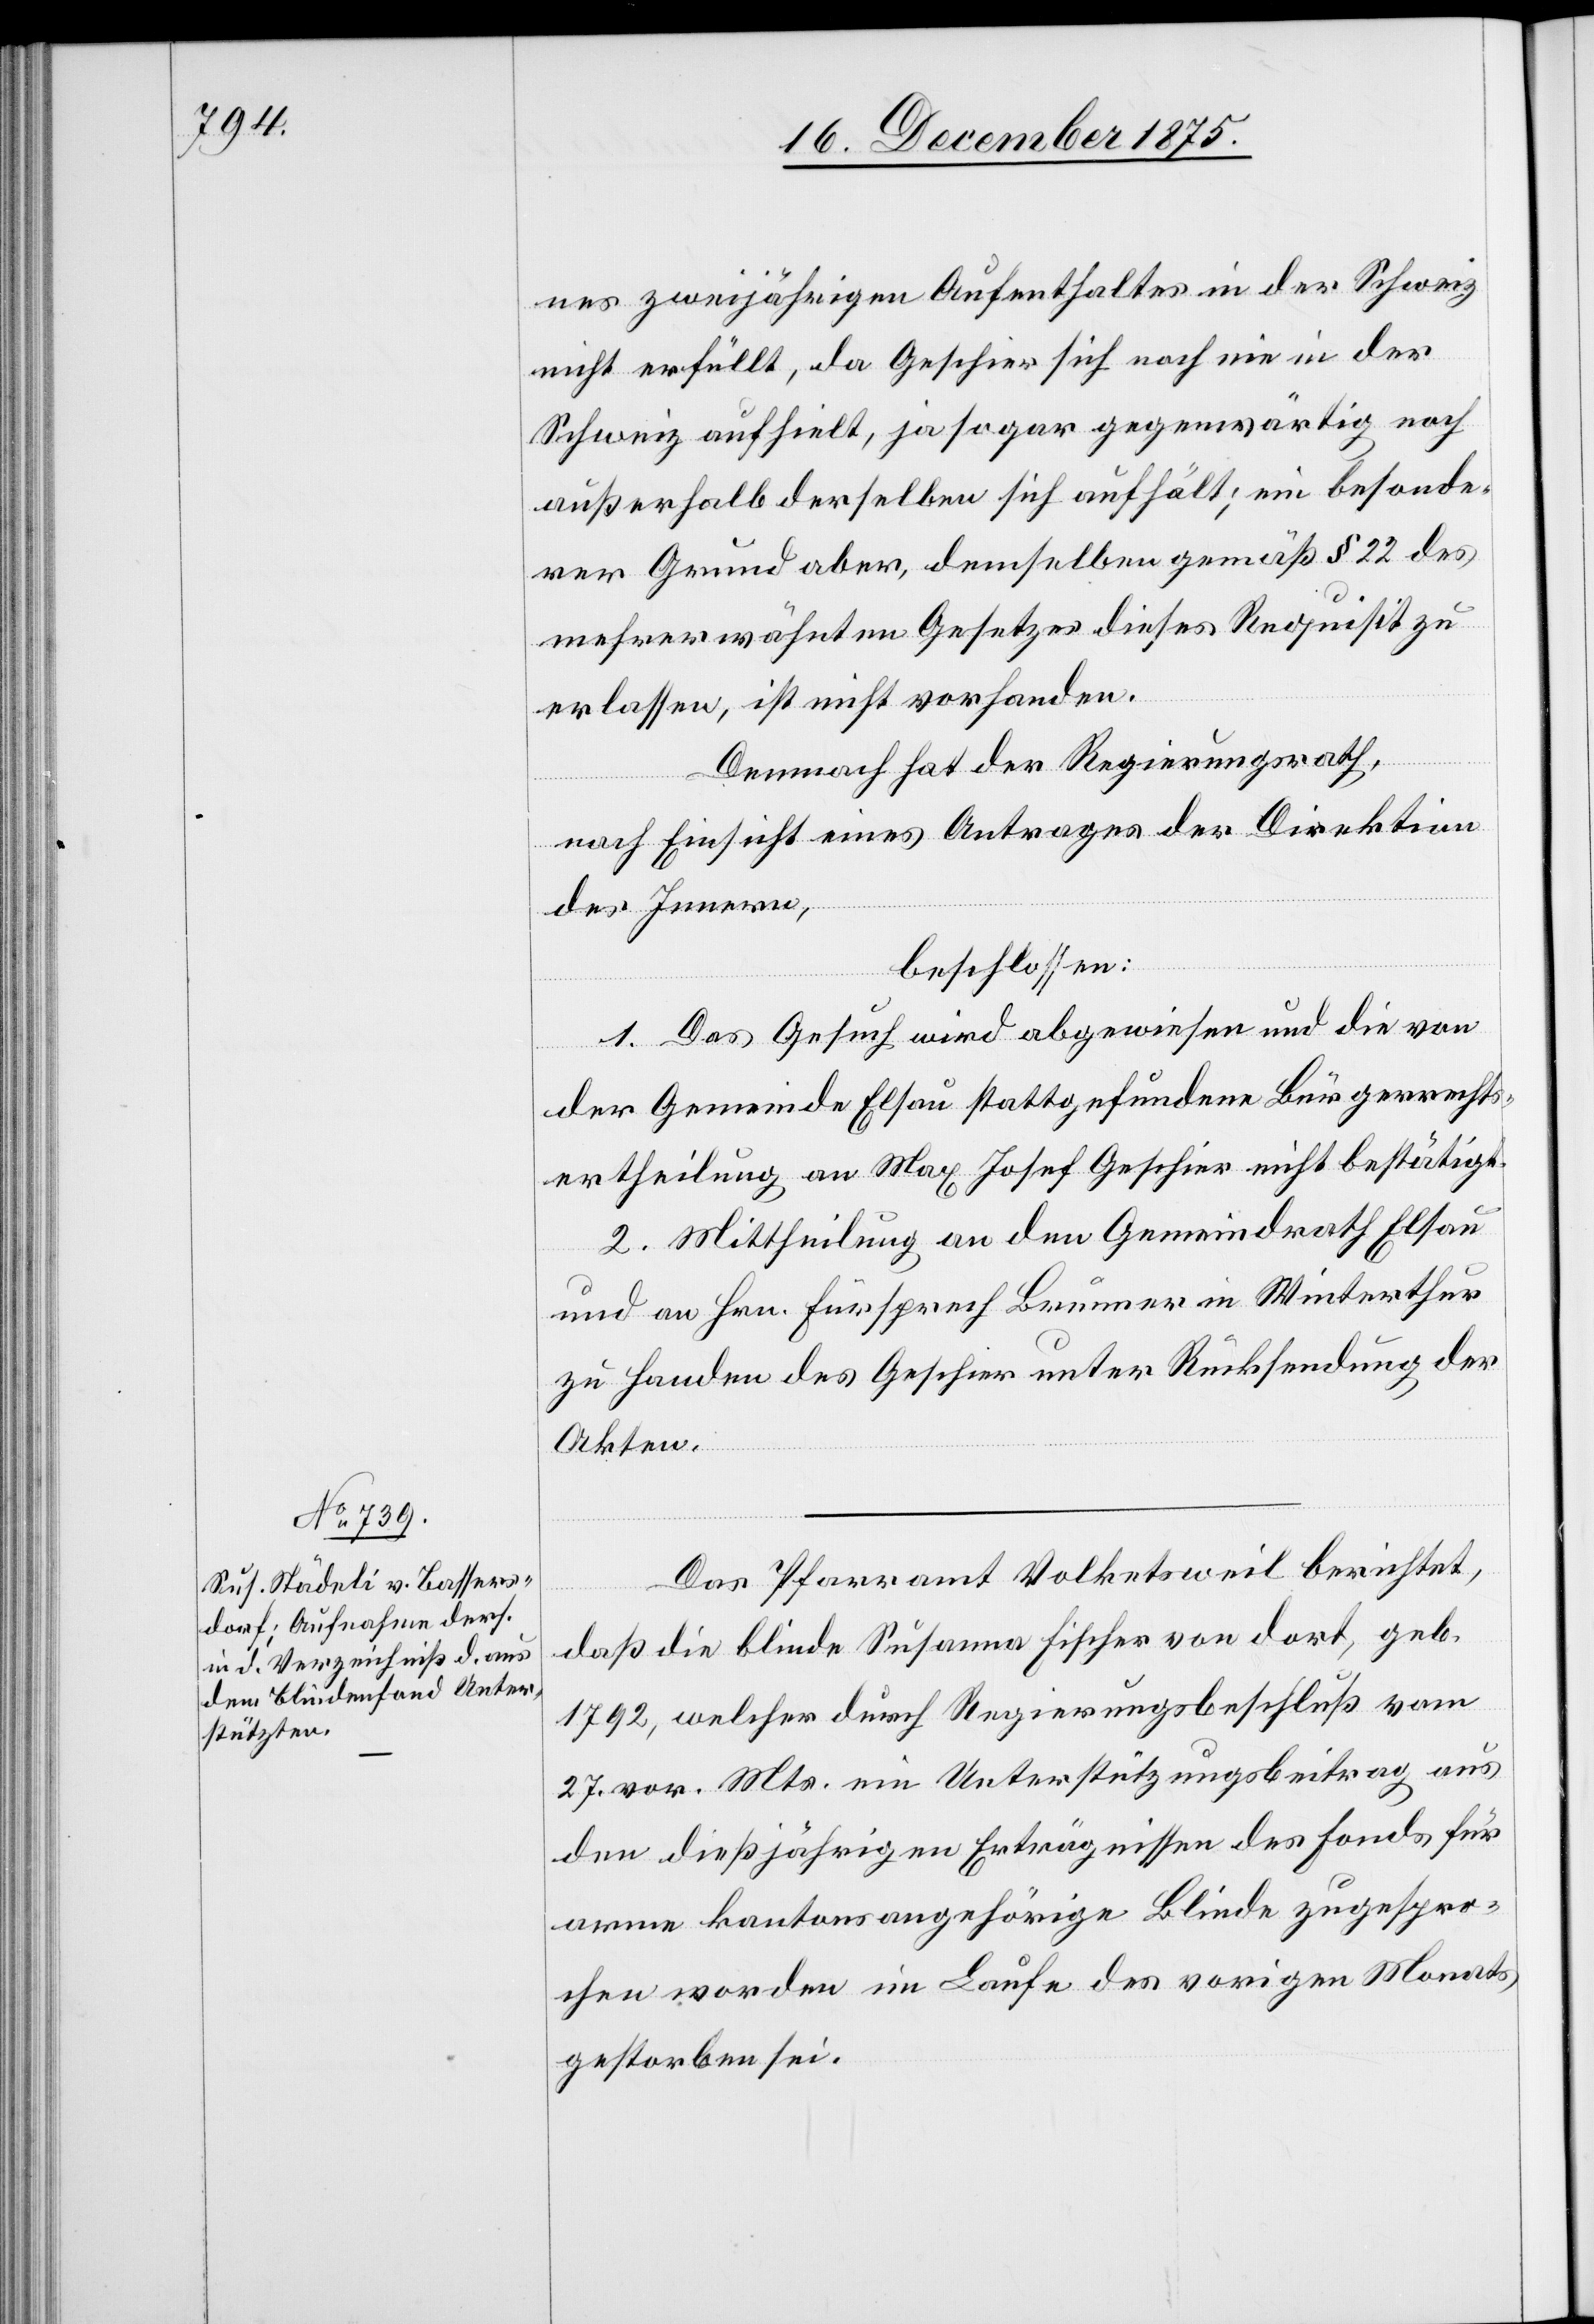
nes zweijährigen Aufenthaltes in der Schweiz
nicht erfüllt, da Geschier sich noch nie in der
Schweiz aufhielt, ja sogar gegenwärtig noch
außerhalb derselben sich aufhält; ein besonde¬
rer Grund aber, demselben gemäß § 22 des
mehrerwähnten Gesetzes dieses Requisit zu
erlassen, ist nicht vorhanden.
Demnach hat der Regierungsrath,
nach Einsicht eines Antrages der Direktion
des Innern,
beschlossen:
1. Das Gesuch wird abgewiesen und die von
der Gemeinde Elsau stattgefundene Bürgerrechts¬
ertheilung an Max Josef Geschier nicht bestätigt.
2. Mittheilung an den Gemeindrath Elsau
und an Hrn. Fürsprech Brunner in Winterthur
zu Handen des Geschier unter Rücksendung der
Akten.
Das Pfarramt Volketsweil berichtet,
daß die blinde Susanna Fischer von dort, geb.
1792, welcher durch Regierungsbeschluß vom
27. vor. Mts. ein Unterstützungsbeitrag aus
den dießjährigen Erträgnissen des Fonds für
arme kantonsangehörige Blinde zugespro¬
chen worden[,] im Laufe des vorigen Monats
gestorben sei.